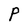
Character: P